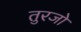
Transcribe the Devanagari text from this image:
तुरजो